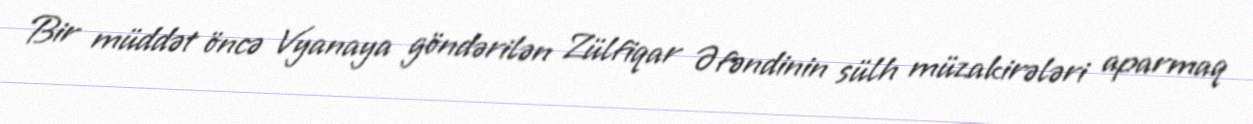
Bir müddət öncə Vyanaya göndərilən Zülfiqar Əfəndinin sülh müzakirələri aparmaq